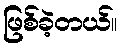
ဖြစ်ခဲ့တယ်။